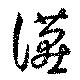
讌